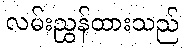
လမ်းညွှန်ထားသည်